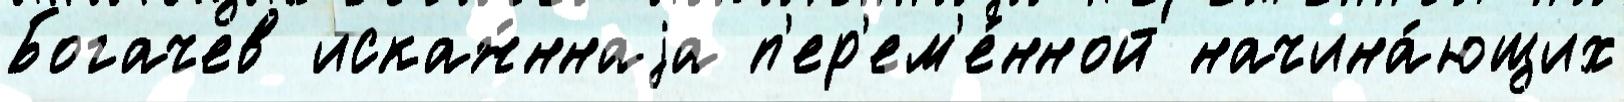
Богачев искаж́ннаjа п'ер'ем'е́нной начина́ющих